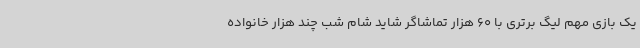
یک بازی مهم لیگ برتری با 60 هزار تماشاگر شاید شام شب چند هزار خانواده